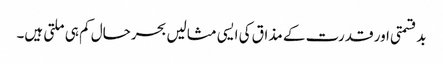
بدقسمتی اور قدرت کے مذاق کی ایسی مثالیں بحرحال کم ہی ملتی ہیں۔